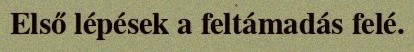
Első lépések a feltámadás felé.